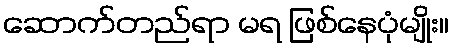
ဆောက်တည်ရာ မရ ဖြစ်နေပုံမျိုး။